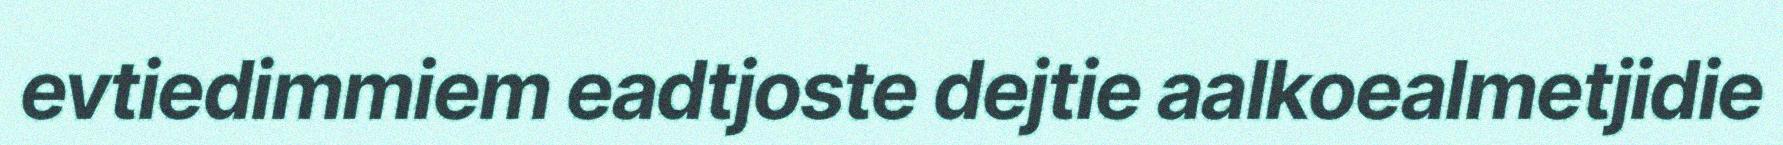
evtiedimmiem eadtjoste dejtie aalkoealmetjidie